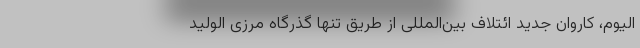
الیوم، کاروان جدید ائتلاف بین‌المللی از طریق تنها گذرگاه مرزی الولید